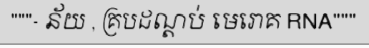
"""- ន័យ , គ្របដណ្តប់ មេរោគ RNA"""